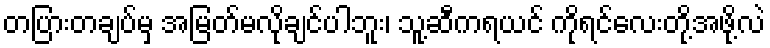
တပြားတချပ်မှ အမြတ်မလိုချင်ပါဘူး၊ သူ့ဆီကရယင် ကိုရင်လေးတို့အဖို့လဲ